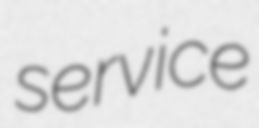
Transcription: service